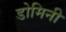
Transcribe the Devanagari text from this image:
डोमिनी